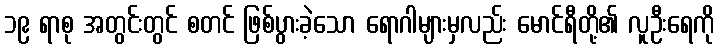
၁၉ ရာစု အတွင်းတွင် စတင် ဖြစ်ပွားခဲ့သော ရောဂါများမှလည်း မောင်ရီတို့၏ လူဦးရေကို